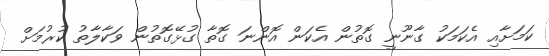
ކަމަށާއި އެކަމަކު ގާނޫނީ ގޮތުން އެކަން އޮންނަ ގޮތާ ގުޅޭގޮތުން ވަކާލާތު ކުރުމަށް